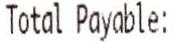
TOTAL PAYABLE: